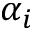
\alpha _ { i }